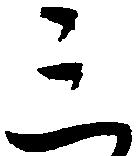
三